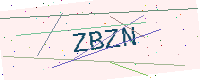
Text: ZBZN